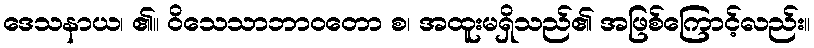
ဒေသနာယ၊ ၏။ ဝိသေသာဘာဝတော စ၊ အထူးမရှိသည်၏ အဖြစ်ကြောင့်လည်း။